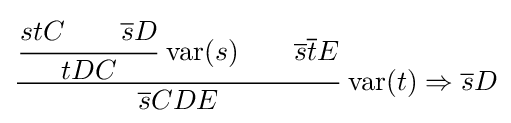
{\cfrac {{\cfrac {stC\qquad {\overline {s}}D}{tDC}}\,\operatorname {var} (s)\qquad {\overline {s}}{\overline {t}}E}{{\overline {s}}CDE}}\,\operatorname {var} (t)\Rightarrow {\overline {s}}D